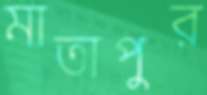
মাতাপুর